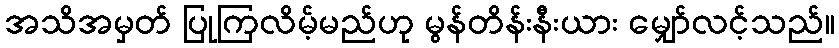
အသိအမှတ် ပြုကြလိမ့်မည်ဟု မွန်တိန်းနီးယား မျှော်လင့်သည်။